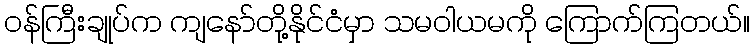
ဝန်ကြီးချုပ်က ကျနော်တို့နိုင်ငံမှာ သမဝါယမကို ကြောက်ကြတယ်။